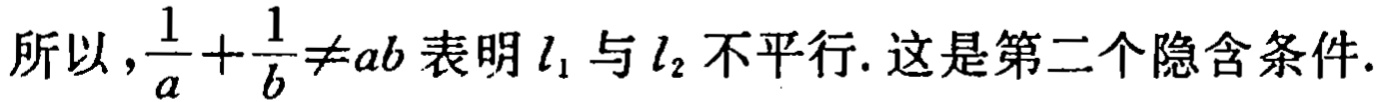
所以，$\frac{1}{a}+\frac{1}{b}\neq ab$ 表明 $l_1$ 与 $l_2$ 不平行. 这是第二个隐含条件.